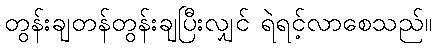
တွန်းချတန်တွန်းချပြီးလျှင် ရဲရင့်လာစေသည်။